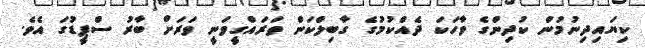
ކިޔައިދިނުމުން ކުދިންގެ ވާހަކަ ދެއްކުމުގެ ގާބިލްކަން ތަރައްގީވަނީ ވަރަށް ބާރު ސްޕީޑުގަ އެވެ.